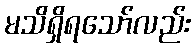
မသိရှိရသော်လည်း